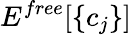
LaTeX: E^{free}[\{ c_{j}\} ]